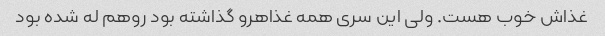
غذاش خوب هست. ولی این سری همه غذاهرو گذاشته بود روهم له شده بود